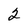
Character: 2